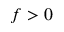
f > 0